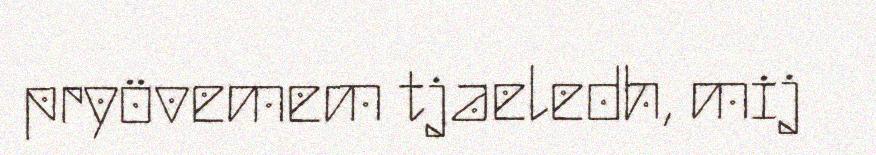
pryövemem tjaeledh, mij